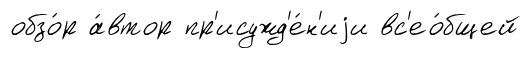
обзо́р а́втор пр'исужд'е́н'иjи вс'ео́бщей